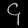
Digit: ၄